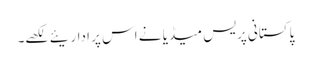
پاکستانی پریس میڈیا نے اس پر اداریئے لکھے۔